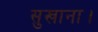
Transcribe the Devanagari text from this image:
सुखाना।